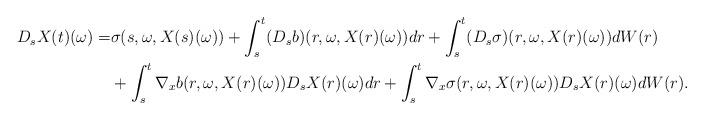
LaTeX: \begin{align*}D_s X(t)(\omega) =& \sigma(s,\omega, X(s)(\omega)) + \int_s^t (D_s b)(r, \omega, X(r)(\omega)) dr + \int_s^t (D_s \sigma)(r, \omega, X(r)(\omega)) dW(r)\\&+\int_s^t \nabla_x b(r,\omega, X(r)(\omega)) D_s X(r)(\omega) dr + \int_s^t \nabla_x \sigma(r,\omega, X(r)(\omega)) D_s X(r)(\omega) dW(r).\end{align*}